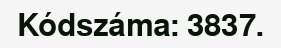
Kódszáma: 3837.